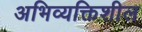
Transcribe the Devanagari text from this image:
अभिव्यक्तिशील